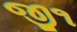
જી૧